Report of the Indian Hemp Drugs Commission, 1894-1895 - Volume I
Year: 1894
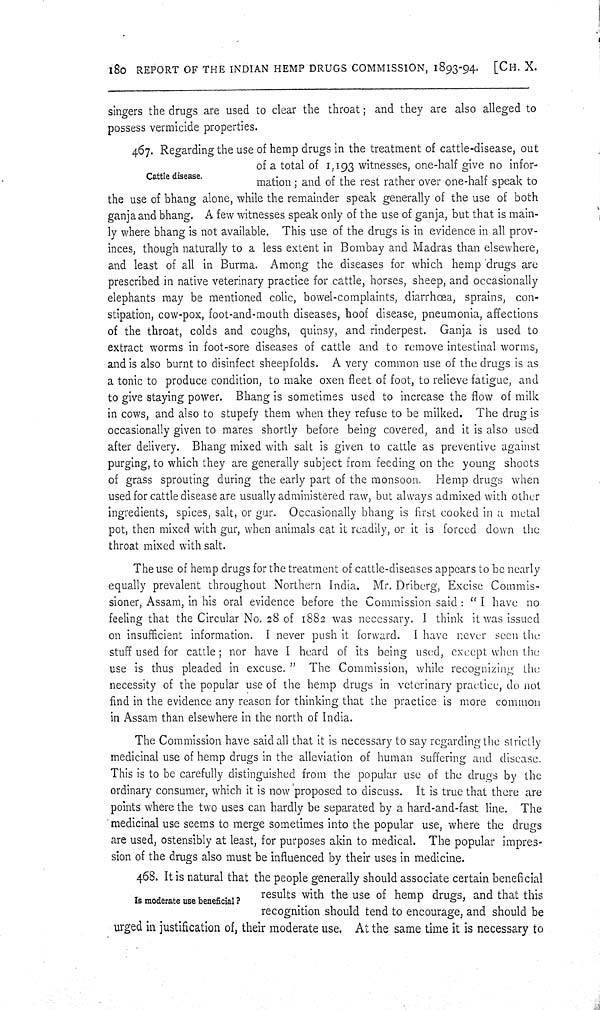
180 REPORT OF THE INDIAN HEMP DRUGS COMMISSION, 1893-94. [CH. X.
singers the drugs are used to clear the throat; and they are also alleged to
possess vermicide properties.
Cattle disease.
467. Regarding the use of hemp drugs in the treatment of cattle-disease, out
of a total of 1,193 witnesses, one-half give no infor-
mation; and of the rest rather over one-half speak to
the use of bhang alone, while the remainder speak generally of the use of both
ganja and bhang. A few witnesses speak only of the use of ganja, but that is main-
-y where bhang is not available. This use of the drugs is in evidence in all prov-
inces, though naturally to a less extent in Bombay and Madras than elsewhere,
and least of all in Burma. Among the diseases for which hemp drugs are
prescribed in native veterinary practice for cattle, horses, sheep, and occasionally
elephants may be mentioned colic, bowel-complaints, diarrhœa, sprains, con-
stipation, cow-pox, foot-and-mouth diseases, hoof disease, pneumonia, affections
of the throat, colds and coughs, quinsy, and rinderpest. Ganja is used to
extract worms in foot-sore diseases of cattle and to remove intestinal worms,
and is also burnt to disinfect sheepfolds. A very common use of the drugs is as
a tonic to produce condition, to make oxen fleet of foot, to relieve fatigue, and
to give staying power. Bhang is sometimes used to increase the flow of milk
in cows, and also to stupefy them when they refuse to be milked. The drug is
occasionally given to mares shortly before being covered, and it is also used
after delivery. Bhang mixed with salt is given to cattle as preventive against
purging, to which they are generally subject from feeding on the young shoots
of grass sprouting during the early part of the monsoon. Hemp drugs when
used for cattle disease are usually administered raw, but always admixed with other
ingredients, spices, salt, or gur. Occasionally bhang is first cooked in a metal
pot, then mixed with gur, when animals eat it readily, or it is forced down the
throat mixed with salt.
The use of hemp drugs for the treatment of cattle-diseases appears to be nearly
equally prevalent throughout Northern India. Mr. Driberg, Excise Commis-
sioner, Assam, in his oral evidence before the Commission said: "I have no
feeling that the Circular No. 28 of 1882 was necessary. I think it was issued
on insufficient information. I never push it forward. I have never seen the
stuff used for cattle; nor have I heard of its being used, except when the
use is thus pleaded in excuse." The Commission, while recognizing the
necessity of the popular use of the hemp drugs in veterinary practice, do not
find in the evidence any reason for thinking that the practice is more common
in Assam than elsewhere in the north of India.
The Commission have said all that it is necessary to say regarding the strictly
medicinal use of hemp drugs in the alleviation of human suffering and disease.
This is to be carefully distinguished from the popular use of the drugs by the
ordinary consumer, which it is now proposed to discuss. It is true that there are
points where the two uses can hardly be separated by a hard-and-fast line. The
medicinal use seems to merge sometimes into the popular use, where the drugs
are used, ostensibly at least, for purposes akin to medical. The popular impres-
sion of the drugs also must be influenced by their uses in medicine.
Is moderate use beneficial ?
468. It is natural that the people generally should associate certain beneficial
results with the use of hemp drugs, and that this
recognition should tend to encourage, and should be
urged in justification of, their moderate use. At the same time it is necessary to